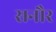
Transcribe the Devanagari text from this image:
सनौर